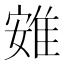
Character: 𨾶